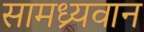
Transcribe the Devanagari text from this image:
सामध्र्यवान